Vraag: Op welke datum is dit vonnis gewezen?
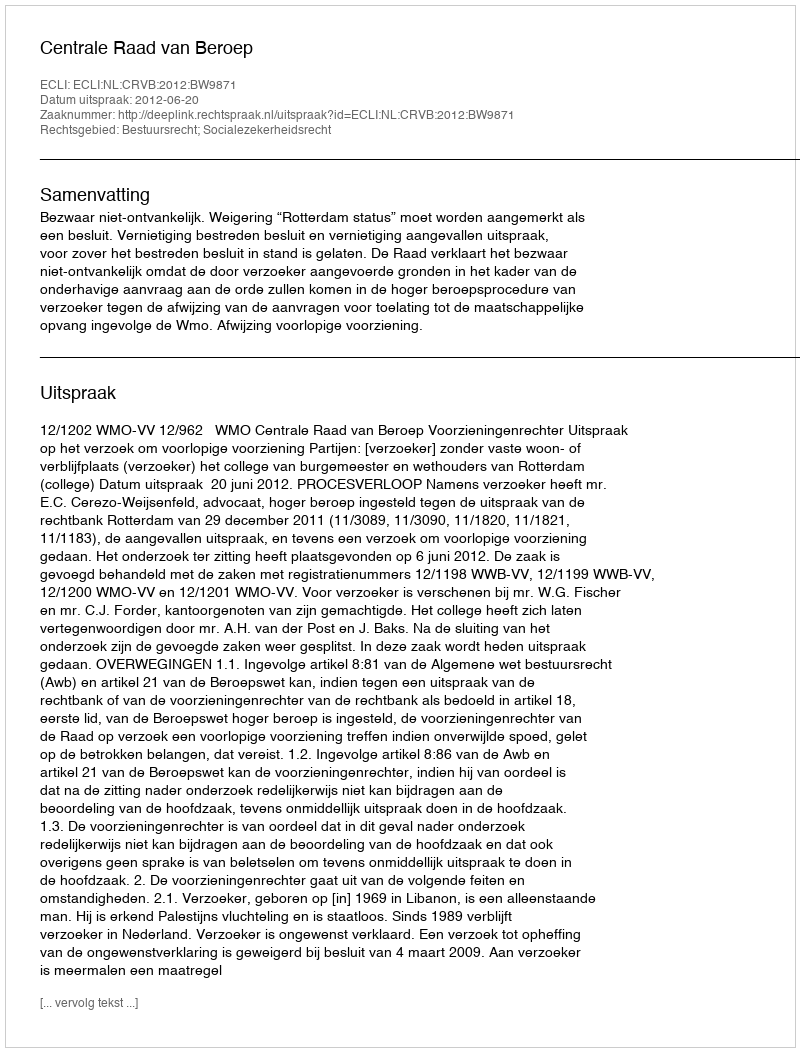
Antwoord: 2012-06-20